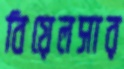
বিয়েলসার